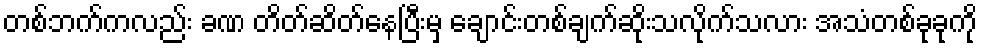
တစ်ဘက်ကလည်း ခဏ တိတ်ဆိတ်နေပြီးမှ ချောင်းတစ်ချက်ဆိုးသလိုက်သလား အသံတစ်ခုခုကို